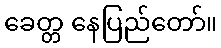
ခေတ္တ နေပြည်တော်။